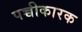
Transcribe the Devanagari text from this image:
पच्चीकारक